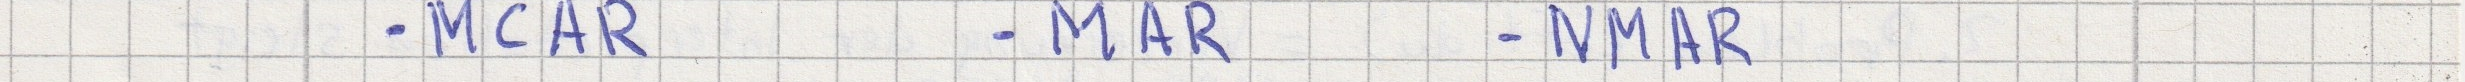
- MCAR    - MAR    - NMAR